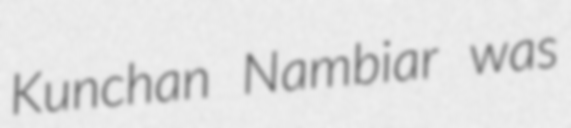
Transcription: Kunchan Nambiar was